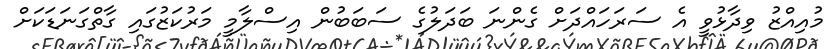
މުއިއްޒު ވިދާޅުވީ އެ ސަރަހައްދަށް ގެންނަ ބަދަލުގެ ސަބަބުން އިސްލާމީ މަރުކަޒުގައި ގާތްގަނަޑަކަށް